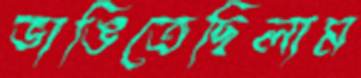
ভাঙিতেছিলাম